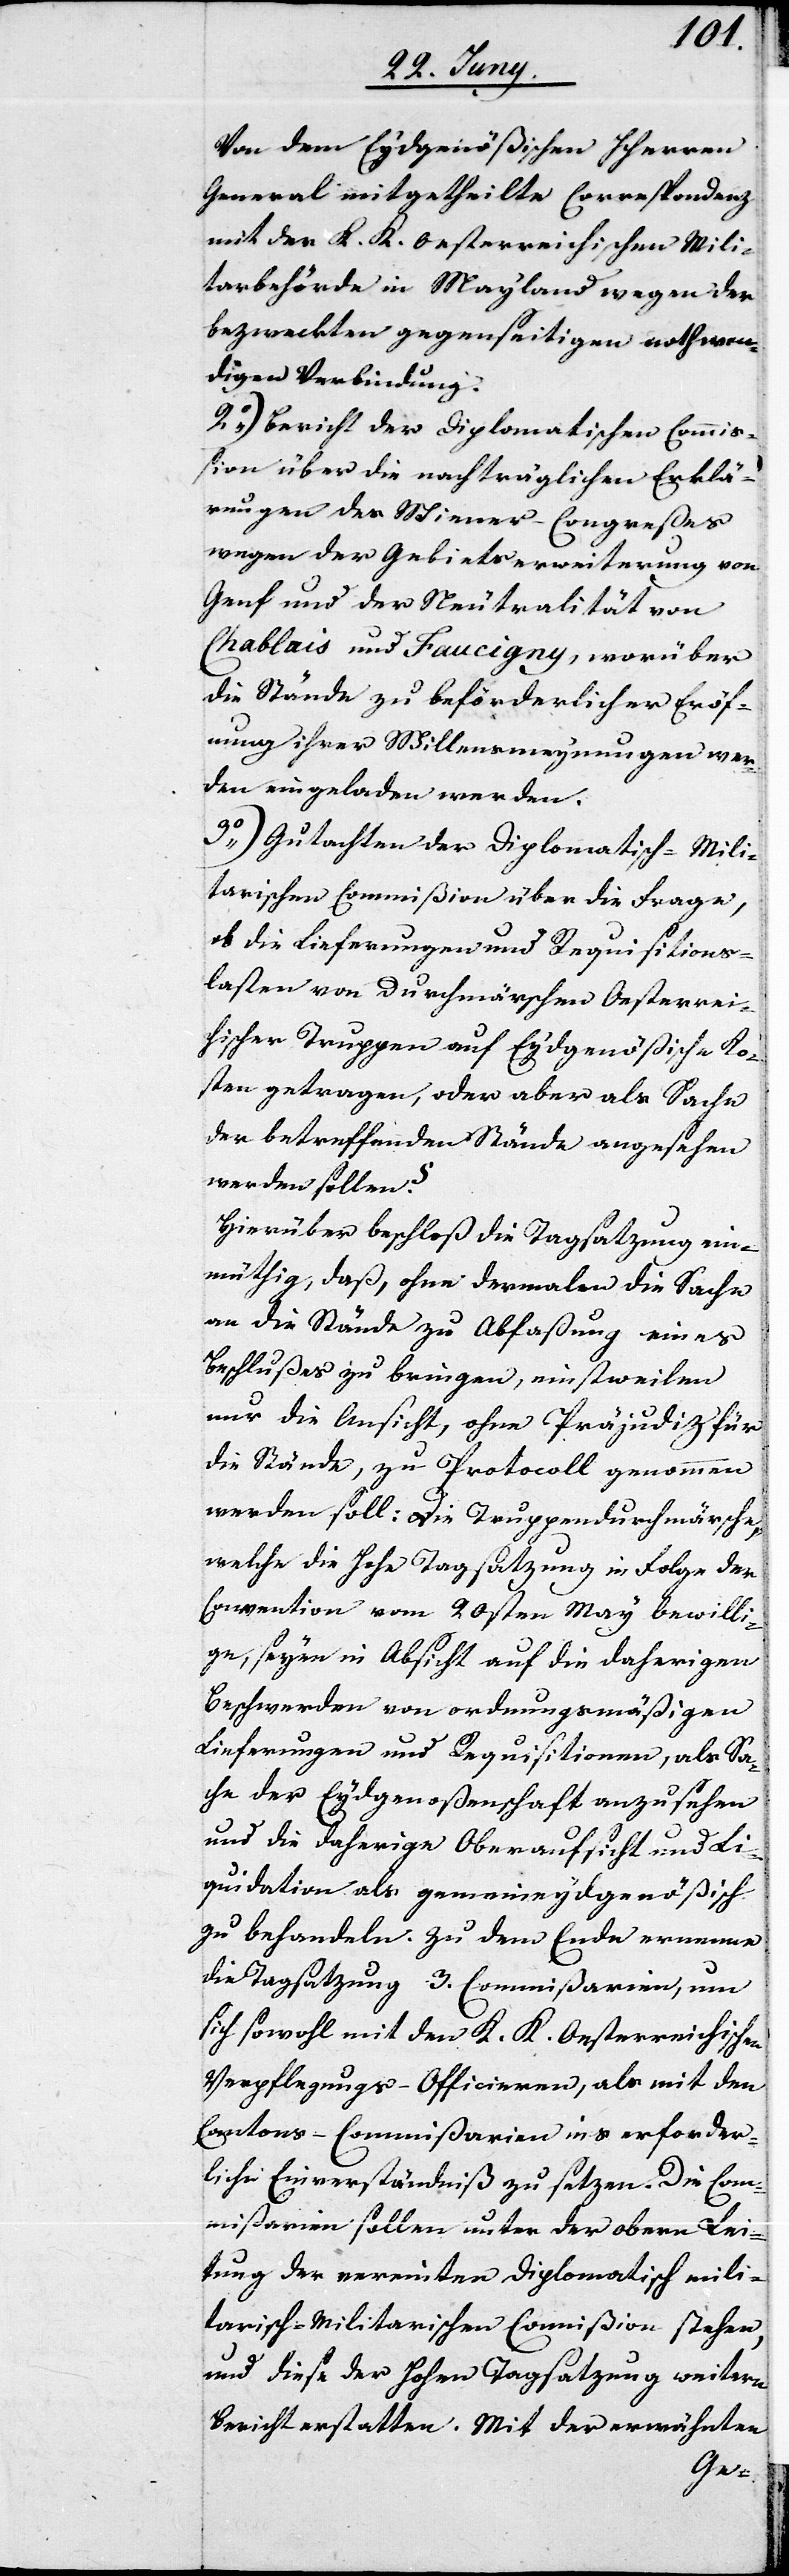
Von dem Eydgenößischen Herren
General mitgetheilte Correspondenz
mit der K. K. Oesterreichischen Mili¬
tarbehörde in Mayland wegen der
bezweckten gegenseitigen nothwen¬
digen Verbindung.
2o) Bericht der Diplomatischen Commiß¬
ion über die nachträglichen Erklä¬
rungen des Wiener-Congreßes
wegen der Gebietserweiterung von
Genf und der Neutralität von
Chablais und Faucigny, worüber
die Stände zu beförderlicher Eröff¬
nung ihrer Willensmeynungen wer¬
den eingeladen werden.
3o) Gutachten der Diplomatisch-Mili¬
tarischen Commißion stehen, und diese
ob die Lieferungen und Requisitions¬
lasten von Durchmärschen Oesterreic¬
hischer Truppen auf Eydgenößische Ko¬
sten getragen, oder aber als Sache
der betreffenden Stände angesehen
werden sollen?
Hierüber beschloß die Tagsatzung ein¬
müthig, daß, ohne dermahlen die Sache
an die Stände zu Abfaßung eines
Beschlußes zu bringen, einstweilen
nur die Ansicht, ohne Präjudiz für
die Stände, zu Protocoll genommen
werden soll: Die Truppendurchmärsche,
welche die Hohe Tagsatzung in Folge der
Convention vom 20sten May bewilli¬
ge, seyen in Absicht auf die daherigen
Beschwerden von ordnungsmäßigen
Lieferungen und Requisitionen, als Sa¬
che der Eydgenoßenschaft anzusehen
und die daherige Oberaufsicht und Li¬
quidation als gemeineydgenößisch
zu behandeln. Zu dem Ende ernenne
die Tagsatzung 3. Commißarien, um
sich sowohl mit den K. K. Oesterreichischen
Verpflegungs-Officieren, als mit den
Cantons-Commißarien ins erforder¬
liche Einverständniß zu setzen. Die Com¬
mißarien sollen unter der obern Lei¬
tung der vereinten diplomatisch-mili¬
Bericht erstatten. Mit der erwähnten